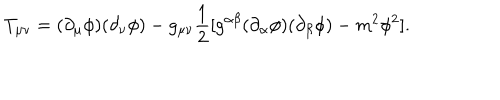
LaTeX: T _ { \mu \nu } = ( \partial _ { \mu } \phi ) ( \partial _ { \nu } \phi ) - g _ { \mu \nu } \frac { 1 } { 2 } [ g ^ { \alpha \beta } ( \partial _ { \alpha } \phi ) ( \partial _ { \beta } \phi ) - m ^ { 2 } \phi ^ { 2 } ] .